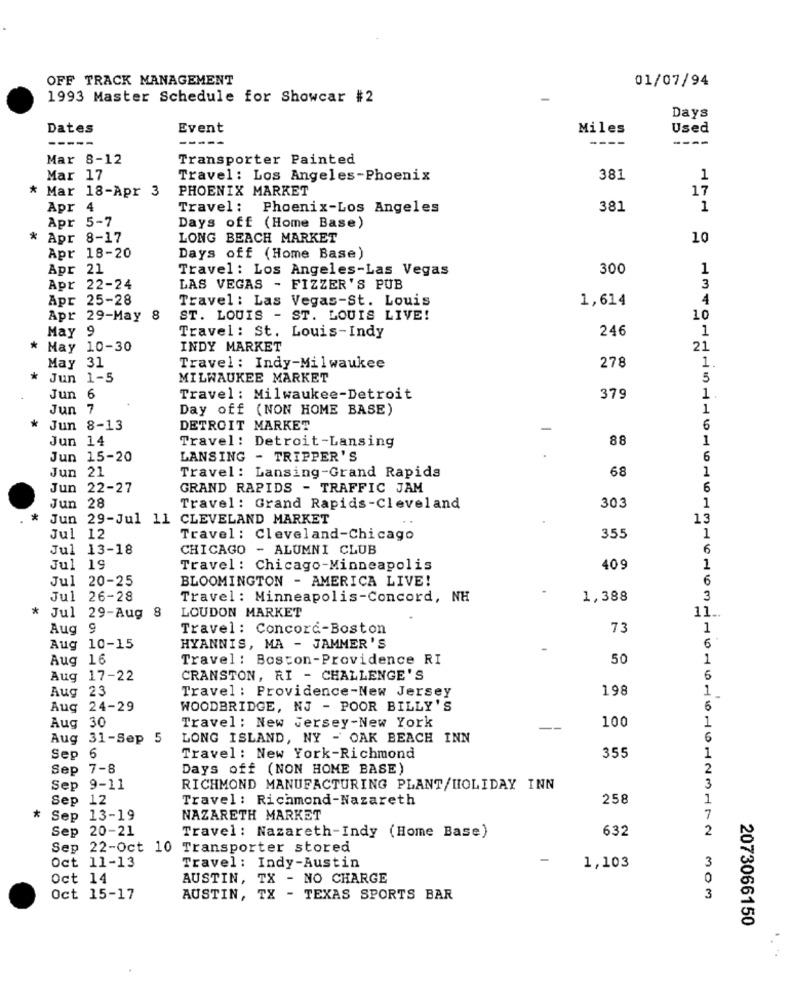
OFF TRACK MANAGEMENT
01/07/94
1993 Master Schedule for Showcar #2
Days
Dates
Event
Miles
Used
---
----
Mar 8-12
Transporter Painted
Mar 17
Travel: Los Angeles-Phoenix
381
1
* Mar 18-Apr 3
PHOENIX MARKET
17
Apr 4
Travel: Phoenix-Los Angeles
381
1
Apr 5-7
Days off (Home Base)
*
Apr 8-17
LONG BEACH MARKET
10
Apr 18-20
Days off (Home Base)
Apr 21
Travel : Los Angeles-Las Vegas
300
1
Apr 22-24
LAS VEGAS - FIZZER'S PUB
3
Apr 25-28
Travel : Las Vegas-St. Louis
1,614
4
Apr 29-May 8
ST. LOUIS - ST. LOUIS LIVE!
10
May 9
246
1
Travel: St. Louis-Indy
* May 10-30
INDY MARKET
21
1
May 31
Travel: Indy-Milwaukee
278
*
Jun 1-5
MILWAUKEE MARKET
5
Jun 6
Travel : Milwaukee-Detroit
379
1.
Jun 7
Day off (NON HOME BASE)
1
*
Jun 8-13
DETROIT MARKET
6
Jun 14
Travel: Detroit-Lansing
88
1
Jun 15-20
LANSING - TRIPPER'S
6
Jun 21
Travel: Lansing-Grand Rapids
68
1
Jun 22-27
GRAND RAPIDS - TRAFFIC JAM
6
Jun 28
Travel: Grand Rapids-Cleveland
30
1
*
Jun 29-Jul 11 CLEVELAND MARKET
13
Jul 12
Travel : Cleveland-Chicago
355
1
Jul 13-18
CHICAGO - ALUMNI CLUB
6
Jul 19
Travel : Chicago-Minneapolis
409
1
Jul 20-25
BLOOMINGTON - AMERICA LIVE!
6
Jul 26-28
Travel : Minneapolis-Concord, NH
1,388
3
*
Jul 29-Aug 8
11 ..
LOUDON MARKET
Aug 9
Travel : Concord-Boston
73
1
6
Aug 10-15
HYANNIS, MA - JAMMER'S
Aug 16
Travel : Boston-Providence RI
50
1
Aug 17-22
CRANSTON, RI - CHALLENGE'S
6
Aug 23
Travel : Providence-New Jersey
198
1
Aug 24-29
WOODBRIDGE, NJ - POOR BILLY'S
6
Travel : New Jersey-New York
Aug 30
100
1
Aug 31-Sep
LONG ISLAND, NY - OAK BEACH INN
6
1
Sep 6
Travel : New York-Richmond
355
Sep 7-8
Days off (NON HOME BASE)
2
3
Sep 9-11
RICHMOND MANUFACTURING PLANT/HOLIDAY INN
Sep 12
Travel : Richmond-Nazareth
258
*
Sep 13-19
NAZARETH MARKET
7
Sep 20-21
632
2
Travel: Nazareth-Indy (Home Base)
Sep 22-Oct 10 Transporter stored
3
Oct 11-13
Travel : Indy-Austin
1,103
Oct 14
AUSTIN, TX - NO CHARGE
0
Oct 15-17
AUSTIN, TX - TEXAS SPORTS BAR
3
2073066150